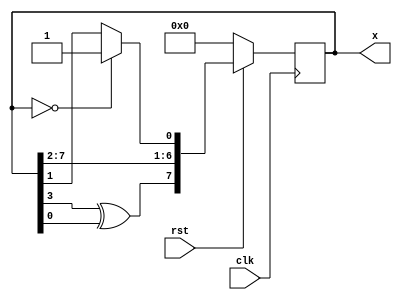
module lab10(clk,rst,x);
  input clk,rst;
  output [7:0]x;
  wire serin;
  reg [7:0]x;
  assign serin=x[3]^x[0];
  always@(posedge clk)
  begin
  if(x==0)
    x[1]=1;
  if(rst==0)
    x=0;
  else
    x={serin,x[7:1]};
  end
endmodule